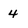
Character: 4